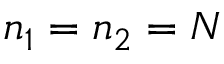
n _ { 1 } = n _ { 2 } = N